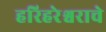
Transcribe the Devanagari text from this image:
हरिहरेश्वराचे